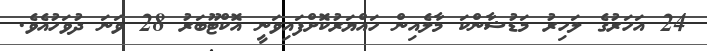
24 އަހަރުގެ ލަހިރު މަޑުޝާންކަ މާލެއިން ހައްޔަރުކޮށްފައިވަނީ އޮކްޓޫބަރު 28 ވަނަ ދުވަހުއެވެ.